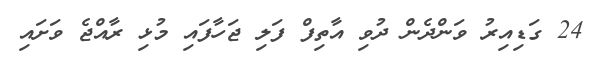
24 ގަޑިއިރު ވަންދެން ދުވި އާތިފް ފަލި ޖަހާފައި މުޅި ރާއްޖެ ވަށައި